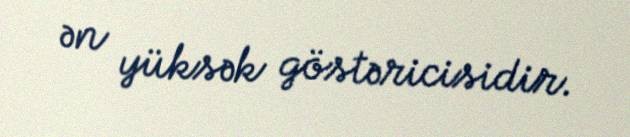
ən yüksək göstəricisidir.